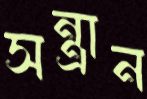
সন্ত্রান